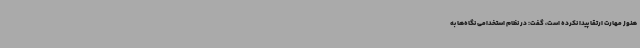
هنوز مهارت ارتقا پیدا نکرده است، گفت: در نظام استخدامی نگاه‌ها به